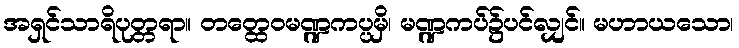
အရှင်သာရိပုတ္တရာ။ တတ္ထေဝမဏ္ဍကပ္ပမှိ၊ မဏ္ဍကပ်၌ပင်လျှင်။ မဟာယသော၊